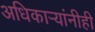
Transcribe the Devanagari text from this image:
अधिकार्‍यांनीही